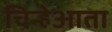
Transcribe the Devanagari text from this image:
चिन्हेआता